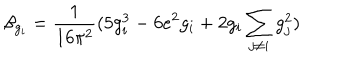
\beta _ { g _ { i } } = \frac { 1 } { 1 6 \pi ^ { 2 } } ( 5 g _ { i } ^ { 3 } - 6 e ^ { 2 } g _ { i } + 2 g _ { i } \sum _ { j \neq i } g _ { j } ^ { 2 } )